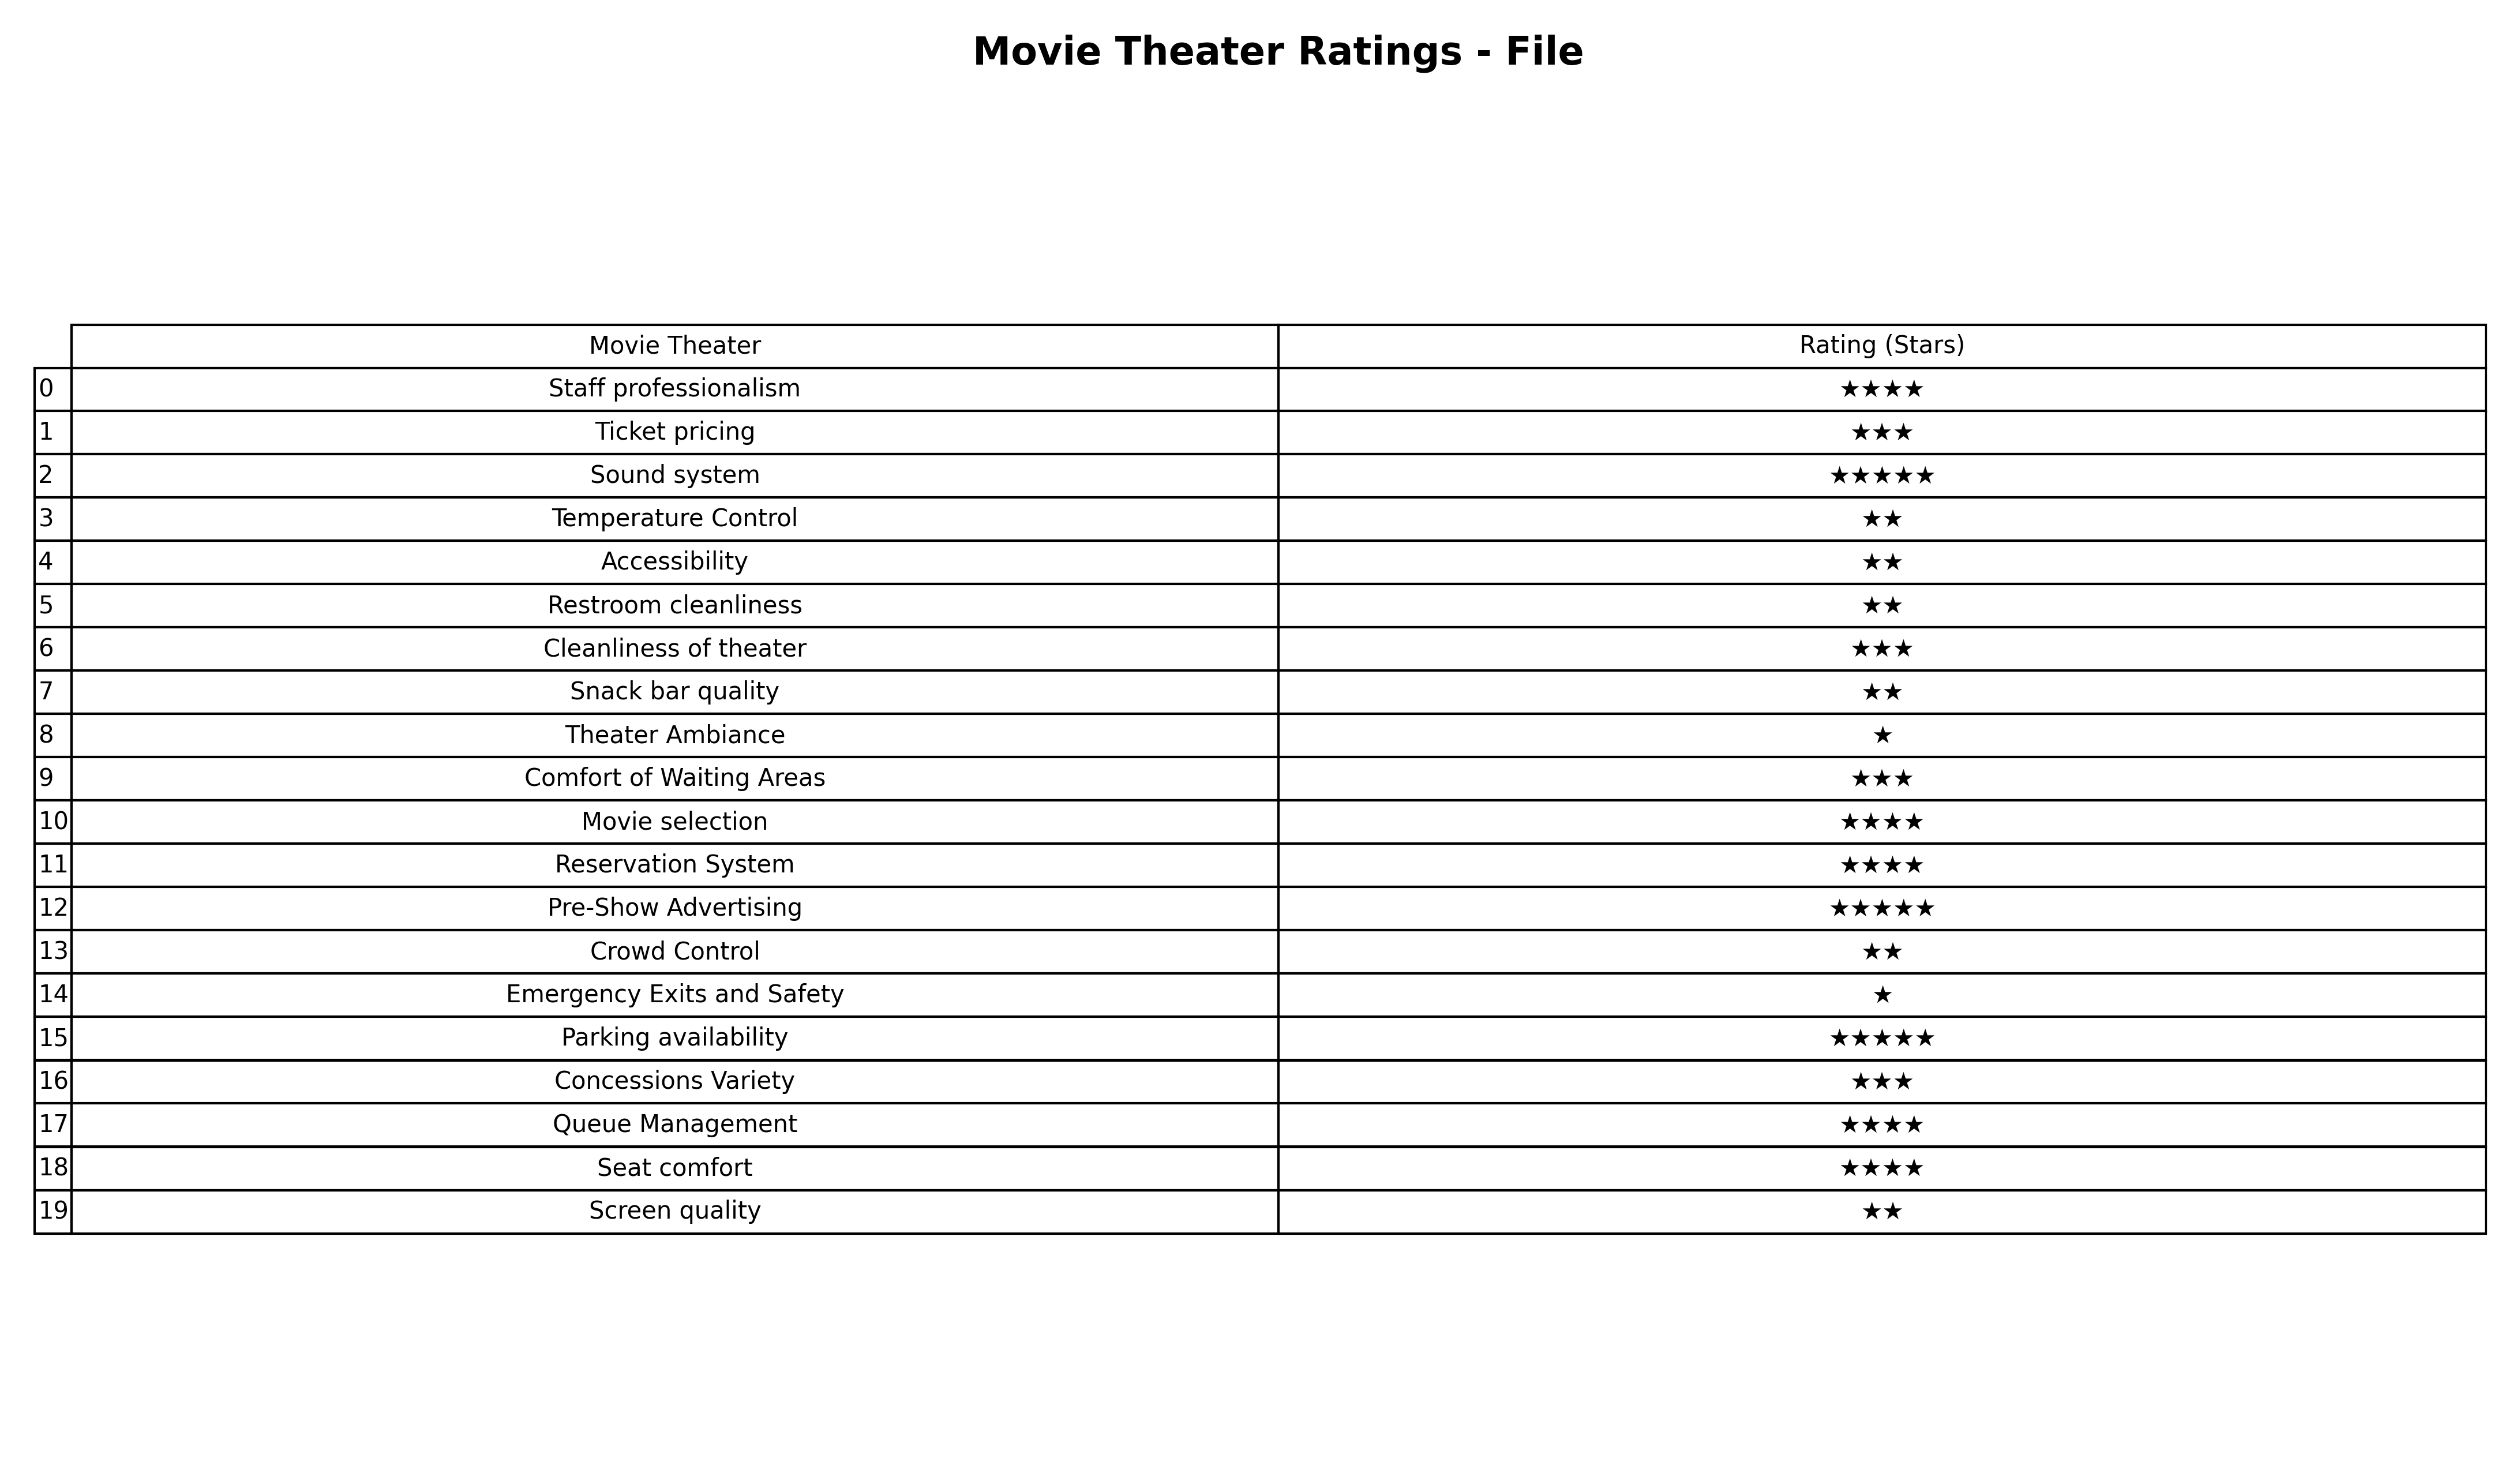
question: What are highest rating services?
answer: Temperature ControlAccessibilityRestroom cleanlinessSnack bar qualityCrowd ControlScreen quality